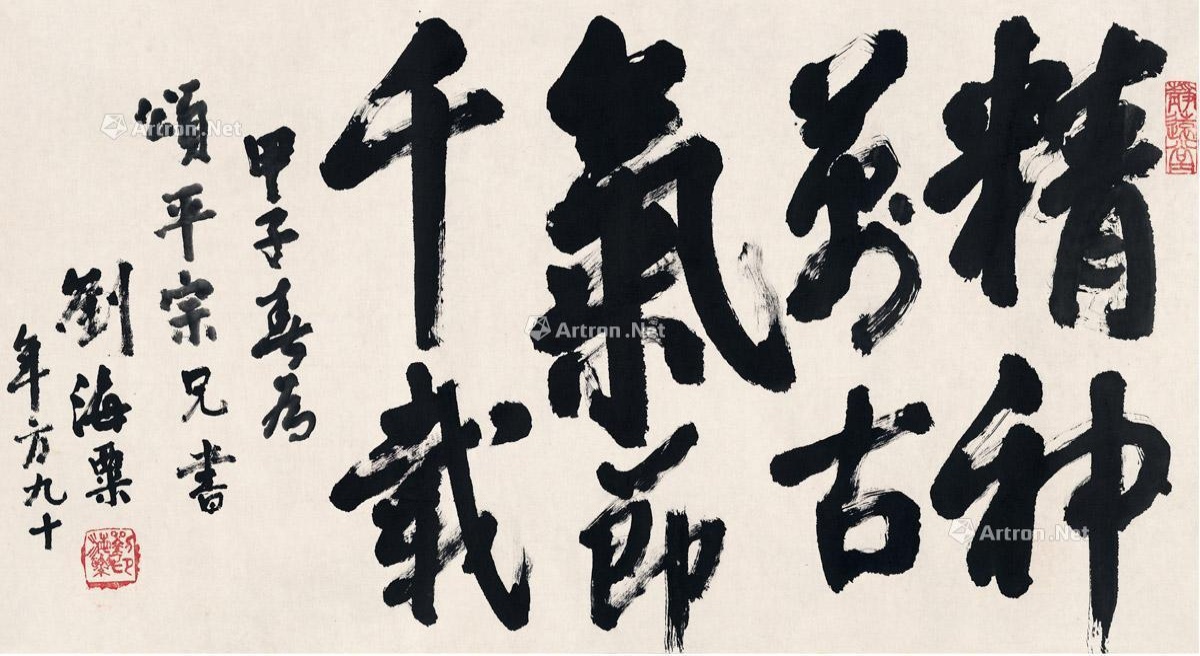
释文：精神万古，气节千载。甲子春为颂平宗兄书。刘海粟，年方九十。